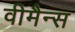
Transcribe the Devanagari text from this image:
वीमैन्स